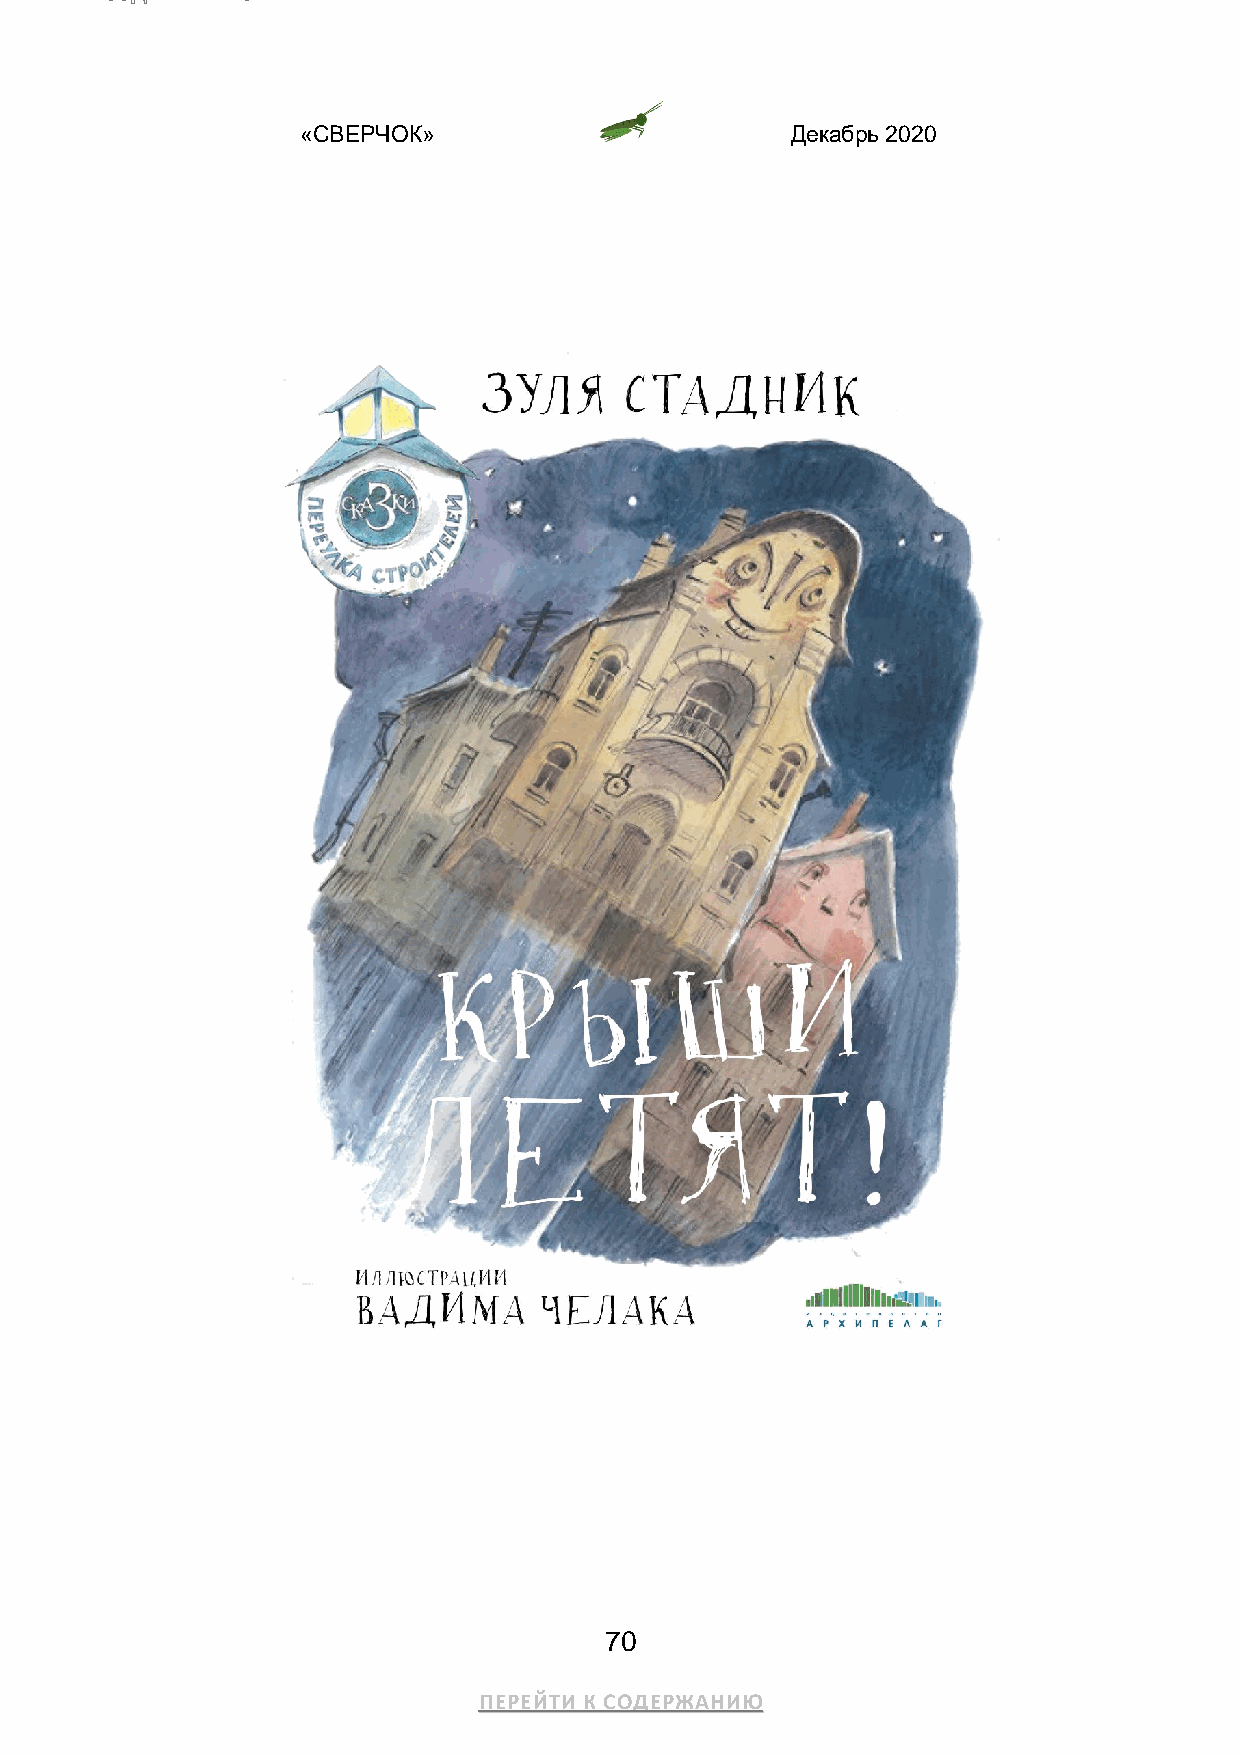
«СВЕРЧОК»                       Декабрь 2020
 Зуля Стадник
 Крыши   летят
 70
 ПЕРЕЙТИ К СОДЕРЖАНИЮ